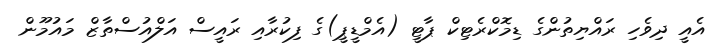
އެއީ ދިވެހި ރައްޔިތުންގެ ޑިމޮކްރެޓިކް ޕާޓީ (އެމްޑީޕީ)ގެ ފިކުރާއި ރައީސް އަލްއުސްތާޒް މައުމޫން